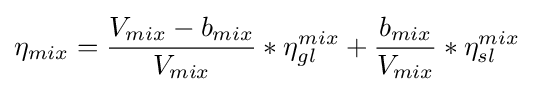
\eta _{mix}={\frac {V_{mix}-b_{mix}}{V_{mix}}}*\eta _{gl}^{mix}+{\frac {b_{mix}}{V_{mix}}}*\eta _{sl}^{mix}